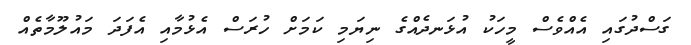
ގަސްދުގައި އެއްވެސް މީހަކު އުޅަނދެއްގެ ނިޔަމި ކަމަށް ހުރަސް އެޅުމާއި އެފަދަ މައުލޫމާތެއް